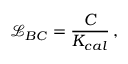
\mathcal { L } _ { B C } = \frac { C } { K _ { c a l } } \, ,